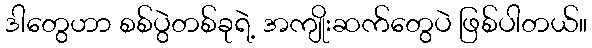
ဒါတွေဟာ စစ်ပွဲတစ်ခုရဲ့ အကျိုးဆက်တွေပဲ ဖြစ်ပါတယ်။